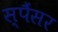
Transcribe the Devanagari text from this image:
स्पैंसर